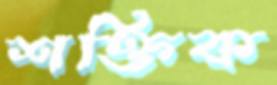
শক্তিক